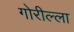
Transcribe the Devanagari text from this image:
गोरील्ला